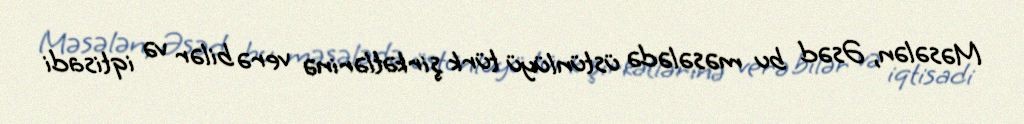
Məsələn, Əsəd bu məsələdə üstünlüyü türk şirkətlərinə verə bilər və iqtisadi